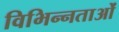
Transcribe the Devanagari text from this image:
विभिन्‍नताओं